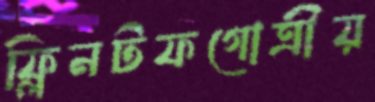
ফ্লিনটফগোত্রীয়